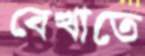
বেখাতে